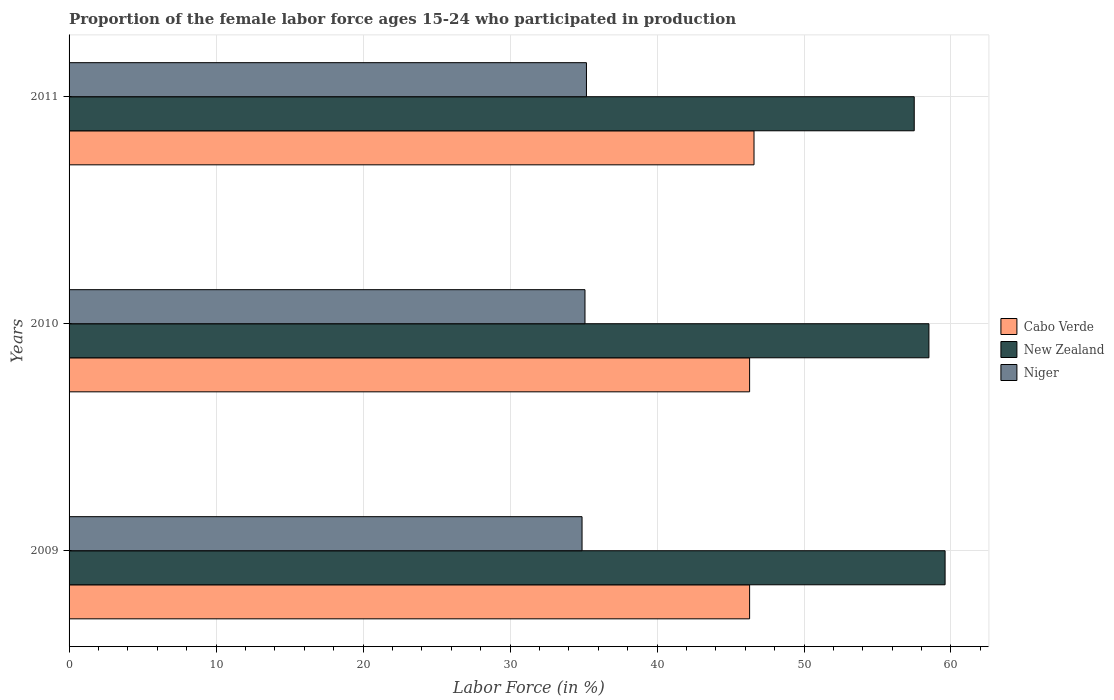
| Years | Cabo Verde | New Zealand | Niger |
 | --- | --- | --- | --- |
 | 2009 | 46.3 | 59.6 | 34.9 |
 | 2010 | 46.3 | 58.5 | 35.1 |
 | 2011 | 46.6 | 57.5 | 35.2 |